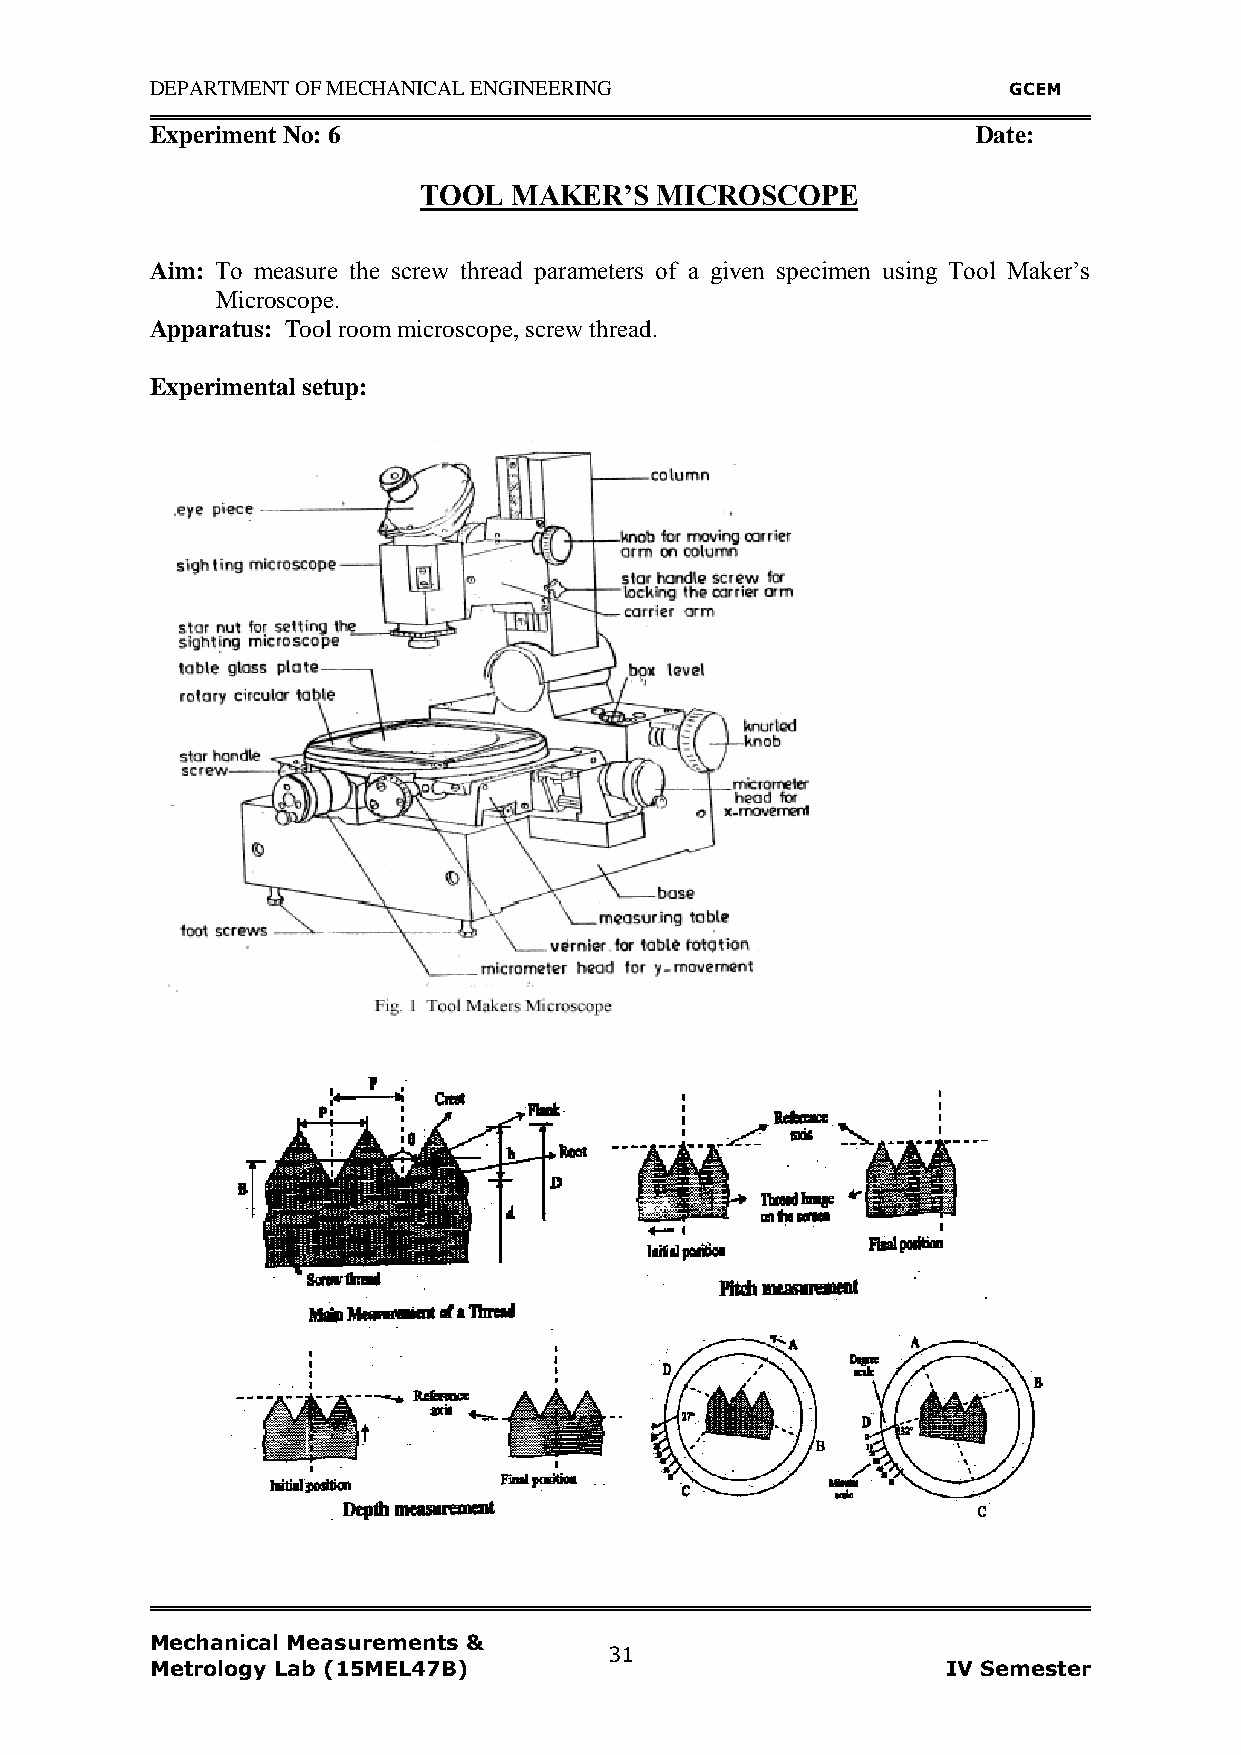
DEPARTMENT OF MECHANICAL ENGINEERING                     GCEM
 Experiment No: 6                                       Date:
 TOOL  MAKER‟S  MICROSCOPE
 Aim: To measure the screw thread parameters of a given specimen using Tool Maker‟s
 Microscope.
 Apparatus: Tool room microscope, screw thread.
 Experimental setup:
 Mechanical Measurements &
 31
 Metrology Lab (15MEL47B)                             IV Semester